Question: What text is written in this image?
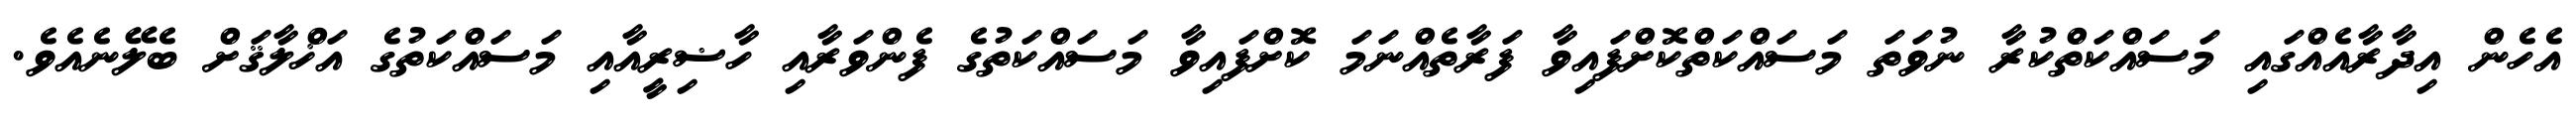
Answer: އެހެން އިދާރާއެއްގައި މަސައްކަތްކުރާ ނުވަތަ މަސައްކަތްކޮށްފައިވާ ފަރާތެއްނަމަ ކޮށްފައިވާ މަސައްކަތުގެ ފެންވަރާއި ހާޟިރީއާއި މަސައްކަތުގެ އަޚްލާޤަށް ބެލޭނެއެވެ.